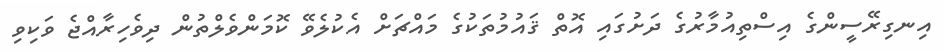
އިނގިރޭސީންގެ އިސްތިއުމާރުގެ ދަށުގައި އޮތް ޤައުމުތަކުގެ މައްޗަށް އެކުލެވޭ ކޮމަންވެލްތުން ދިވެހިރާއްޖެ ވަކިވި